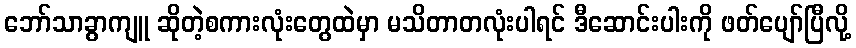
ဘော်သာခွာကျူ ဆိုတဲ့စကားလုံးတွေထဲမှာ မသိတာတလုံးပါရင် ဒီဆောင်းပါးကို ဖတ်ပျော်ပြီလို့